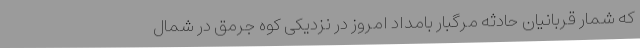
که شمار قربانیان حادثه مرگبار بامداد امروز در نزدیکی کوه جرمق در شمال